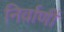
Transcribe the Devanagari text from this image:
निर्वाणीं